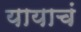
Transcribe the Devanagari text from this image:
यायाचं